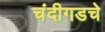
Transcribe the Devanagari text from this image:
चंदीगडचे